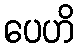
ပေဟိ